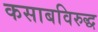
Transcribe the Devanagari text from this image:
कसाबविरुद्ध